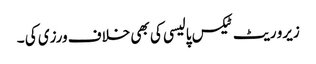
زیرو ریٹ ٹیکس پالیسی کی بھی خلاف ورزی کی ۔